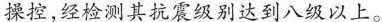
操控,经检测其抗震级别达到八级以上。